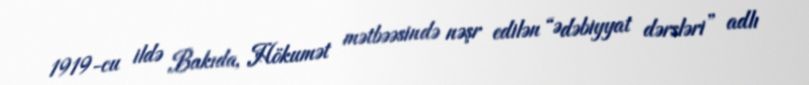
1919-cu ildə Bakıda, Hökumət mətbəəsində nəşr edilən “Ədəbiyyat dərsləri” adlı